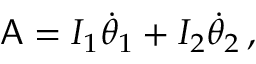
\mathsf { A } = I _ { 1 } \dot { \theta } _ { 1 } + I _ { 2 } \dot { \theta } _ { 2 } \, ,